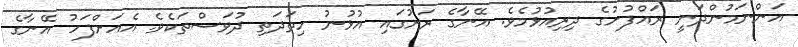
އަންނަމުންދަނީ ރައްފުށުގެ ދިރިއުޅުމެވެ. އޭނާގެ ރަށުގައި އުޅުނު ހިތަދަތި ދުވަސްތަކެވެ. އެއަށްފަހު އޭނާގެ